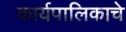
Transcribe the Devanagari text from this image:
कार्यपालिकाचे